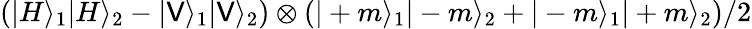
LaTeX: \left(|H\rangle_{1}|H\rangle_{2}-|\mathsf{V}\rangle_{1}|\mathsf{V}\rangle_{2}\right)\otimes\left(|+m\rangle_{1}|-m\rangle_{2}+|-m\rangle_{1}|+m\rangle_{2}\right)/2